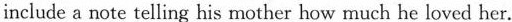
include a note telling his mother how much he loved her.